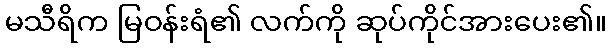
မသီရိက မြဝန်းရံ၏ လက်ကို ဆုပ်ကိုင်အားပေး၏။